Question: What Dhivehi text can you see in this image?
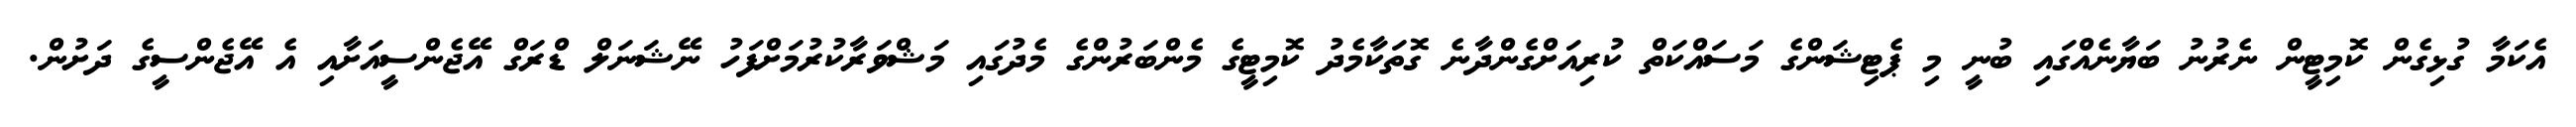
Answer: އެކަމާ ގުޅިގެން ކޮމިޓީން ނެރުނު ބަޔާނެއްގައި ބުނީ މި ޕެޓިޝަންގެ މަސައްކަތް ކުރިއަށްގެންދާނެ ގޮތަކާމެދު ކޮމިޓީގެ މެންބަރުންގެ މެދުގައި މަޝްވަރާކުރުމަށްފަހު ނޭޝަނަލް ޑްރަގް އޭޖެންސީއަށާއި އެ އޭޖެންސީގެ ދަށުން.